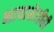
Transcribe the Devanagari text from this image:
भाषाशेलीही